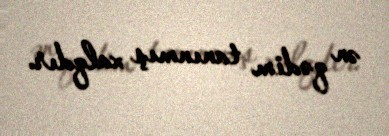
ən qədim tanınmış xalqdır.